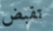
تقبض